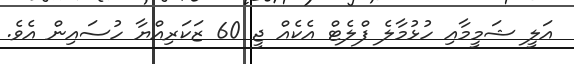
އަލީ ޝަމީމާއި ހުޅުމާލެ ފްލެޓް އެކެއް ޖީ 60 ޒަކަރިއްޔާ ހުސައިން އެވެ.